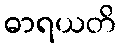
ဓာရယတိ